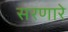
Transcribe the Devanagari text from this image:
सरणारे